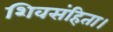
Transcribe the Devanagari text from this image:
शिवसंहिता।